Leaving Certificate Examination, 1924
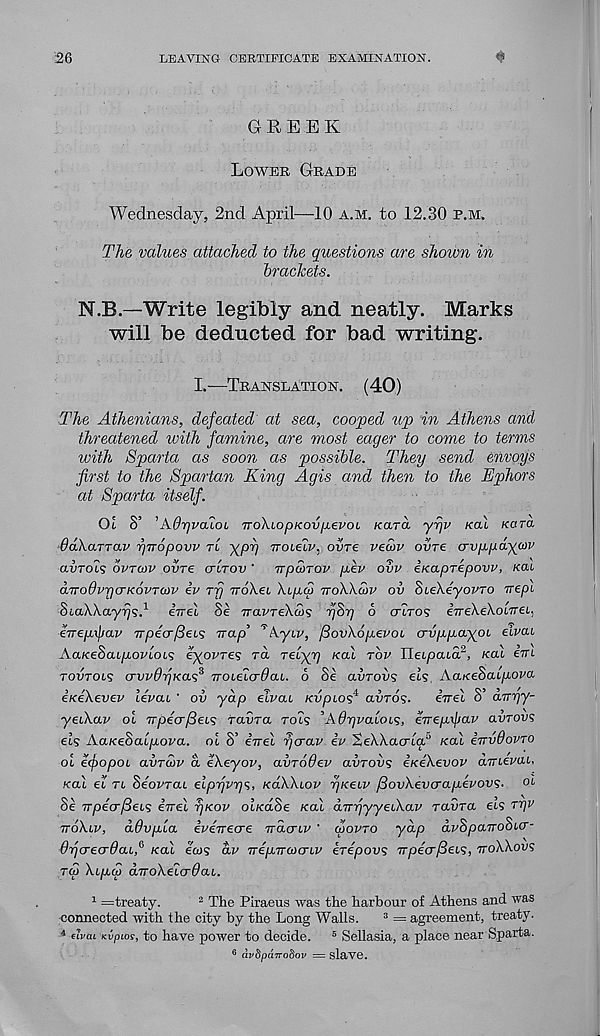
26
LEAVING CERTIFICATE EXAMINATION.
GREEK
LOWER GRADE
Wednesday, 2nd April—10 A.M. to 12.30 P.M.
The values attached to the questions are shown in
brackets.
N.B.—Write legibly and neatly. Marks
will be deducted for bad writing.
I.—TRANSLATION.
(40)
The Athenians, defeated at sea, cooped up in Athens and
threatened with famine, are most eager to come to terms
with Sparta as soon as possible. They send envoys
first to the Spartan King Agis and then to the Ephors
at Sparta itself.
Ol 8’ ’AdrjvcdoL TroXiOpKOviAevoL Kara yyjv Kai Kara
OakaTTav TjTropovv TL ypp rroieiv, ovre ved>v ovre crvppdyav
avrois ovrcov ovre CTITOV ' rrpcoTOP pev ovv iKaprepovv, Kai
drrodvrjiTKOVTMv iv ry TroXet Xipqi rroWcov ov SieXeyovro rrepi
SiaWayrjs. 1 iirel 8e rravreXcos y8r] 6 <TLTOS eVeXeXoiTrei,
eiTepxjjav TV peer fieis Trap’ ’ kyiv, (3ov\6pevob crvppaypL eivai
AaKeScupovloLs eyovres rd reCyg KCU TOP Ileipaid 2 , Kal im
rovTOts crvvfhjKas 3 rroieicrOcu. b Se avrov? els Aa/ceSai/rora
eKeXevev lepcu ' ov yap elvai KvpLoA aurds.
ivel 8’ drryy-
yeikap oi TTpeerfieis favra rot? ’AdyvaloLS, eTrep.\\>av avrovs
ei<s AaKeha.Lpopa. ol S’ irrel rjerap iv 2eXXacrta u
KOX irrvdovTO
ol efopoL avrcov a ekeyov, avrodev avrovs iKeXevop dmevai,
Kal el TL SeovraL elpypy;, KO-WLOP yKeiv /Sovkeva-apevovs- ot
Se TrpdcrfieLs irrel rjKop ot/edSe Kal aTrrjyyeLkap ravra els ryv
TTOXLP,
dOvpla iperrecre rracrLV ' CVOPTO yap dpSpairoSicr-
drjo-ecrOaif Kal ews dv ireprraxTLP erepovs TrpecrfieLS, TTOXXOUS
rep kepw drrokeLo-daL.
1 =treaty.
2 The Piraeus was the harbour of Athens and was
connected with the city by the Long Walls. 3 = agreement, treaty.
4 efj/ai Kvpios, to have power to decide. 5 Sellasia, a place near Sparta.
6 dvbpa.7ro8ov = slctYG.